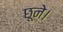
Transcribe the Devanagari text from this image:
छूने।